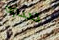
سنراه